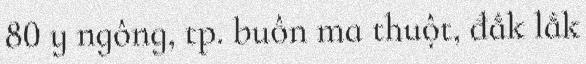
80 y ngông, tp. buôn ma thuột, đắk lắk